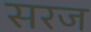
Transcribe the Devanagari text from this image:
सरज